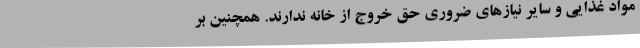
مواد غذایی و سایر نیازهای ضروری حق خروج از خانه ندارند. همچنین بر